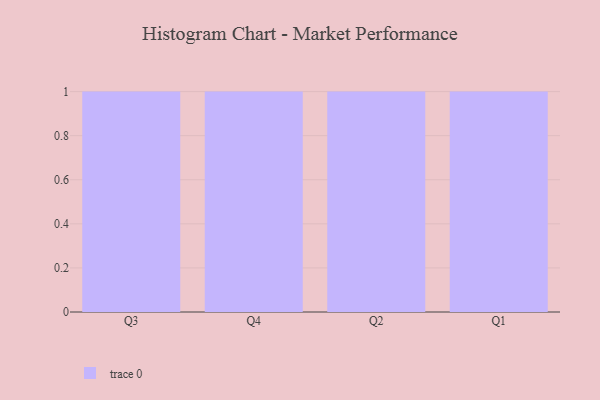
{"axis": {"x": "Quarter", "y": "Production Output"}, "legend": [""], "data": [{"x": "Q3", "y": 1, "type": ""}, {"x": "Q4", "y": 93, "type": ""}, {"x": "Q2", "y": 55, "type": ""}, {"x": "Q1", "y": 7, "type": ""}]}